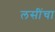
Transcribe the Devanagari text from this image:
लसींचा